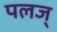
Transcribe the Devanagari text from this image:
पलज्